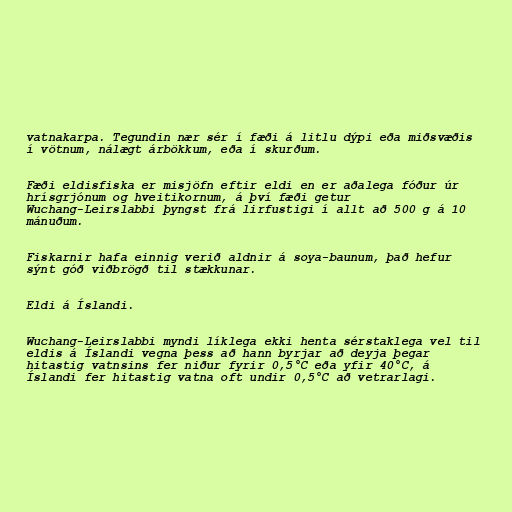
vatnakarpa. Tegundin nær sér í fæði á litlu dýpi eða miðsvæðis
í vötnum, nálægt árbökkum, eða í skurðum.

Fæði eldisfiska er misjöfn eftir eldi en er aðalega fóður úr
hrísgrjónum og hveitikornum, á því fæði getur
Wuchang-Leirslabbi þyngst frá lirfustigi í allt að 500 g á 10
mánuðum.

Fiskarnir hafa einnig verið aldnir á soya-baunum, það hefur
sýnt góð viðbrögð til stækkunar.

Eldi á Íslandi.

Wuchang-Leirslabbi myndi líklega ekki henta sérstaklega vel til
eldis á Íslandi vegna þess að hann byrjar að deyja þegar
hitastig vatnsins fer niður fyrir 0,5°C eða yfir 40°C, á
Íslandi fer hitastig vatna oft undir 0,5°C að vetrarlagi.